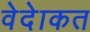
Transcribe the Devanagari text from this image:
वेदेाकत